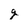
Character: g